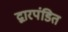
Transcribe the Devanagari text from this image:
द्वारपंडित